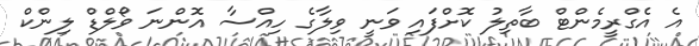
އެ އެގްރީމެންޓް ބާތިލު ކޮށްފައި ވަނީ ވިލާގެ ހިއްސާ އޮންނަ ވޯލްޑް ލިންކް